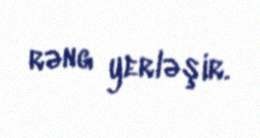
rəng yerləşir.